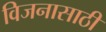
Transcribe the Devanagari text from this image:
विजनासाठी